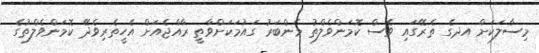
މިސާލަކަށް އދގެ ތެރޭގައި ވެސް ކޮމަންވެލްތު މެންބަރު ގައުމަކަށްވާތީ ރާއްޖެއަށް އެހީތެރިވެދޭ ކޮމަންވެލްތުގެ